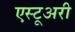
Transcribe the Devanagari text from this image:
एस्टूअरी